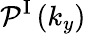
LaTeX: \mathcal{P}^{\mathrm{{I}}}\left(k_{y}\right)